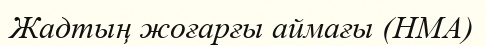
Жадтың жоғарғы аймағы (HMA)